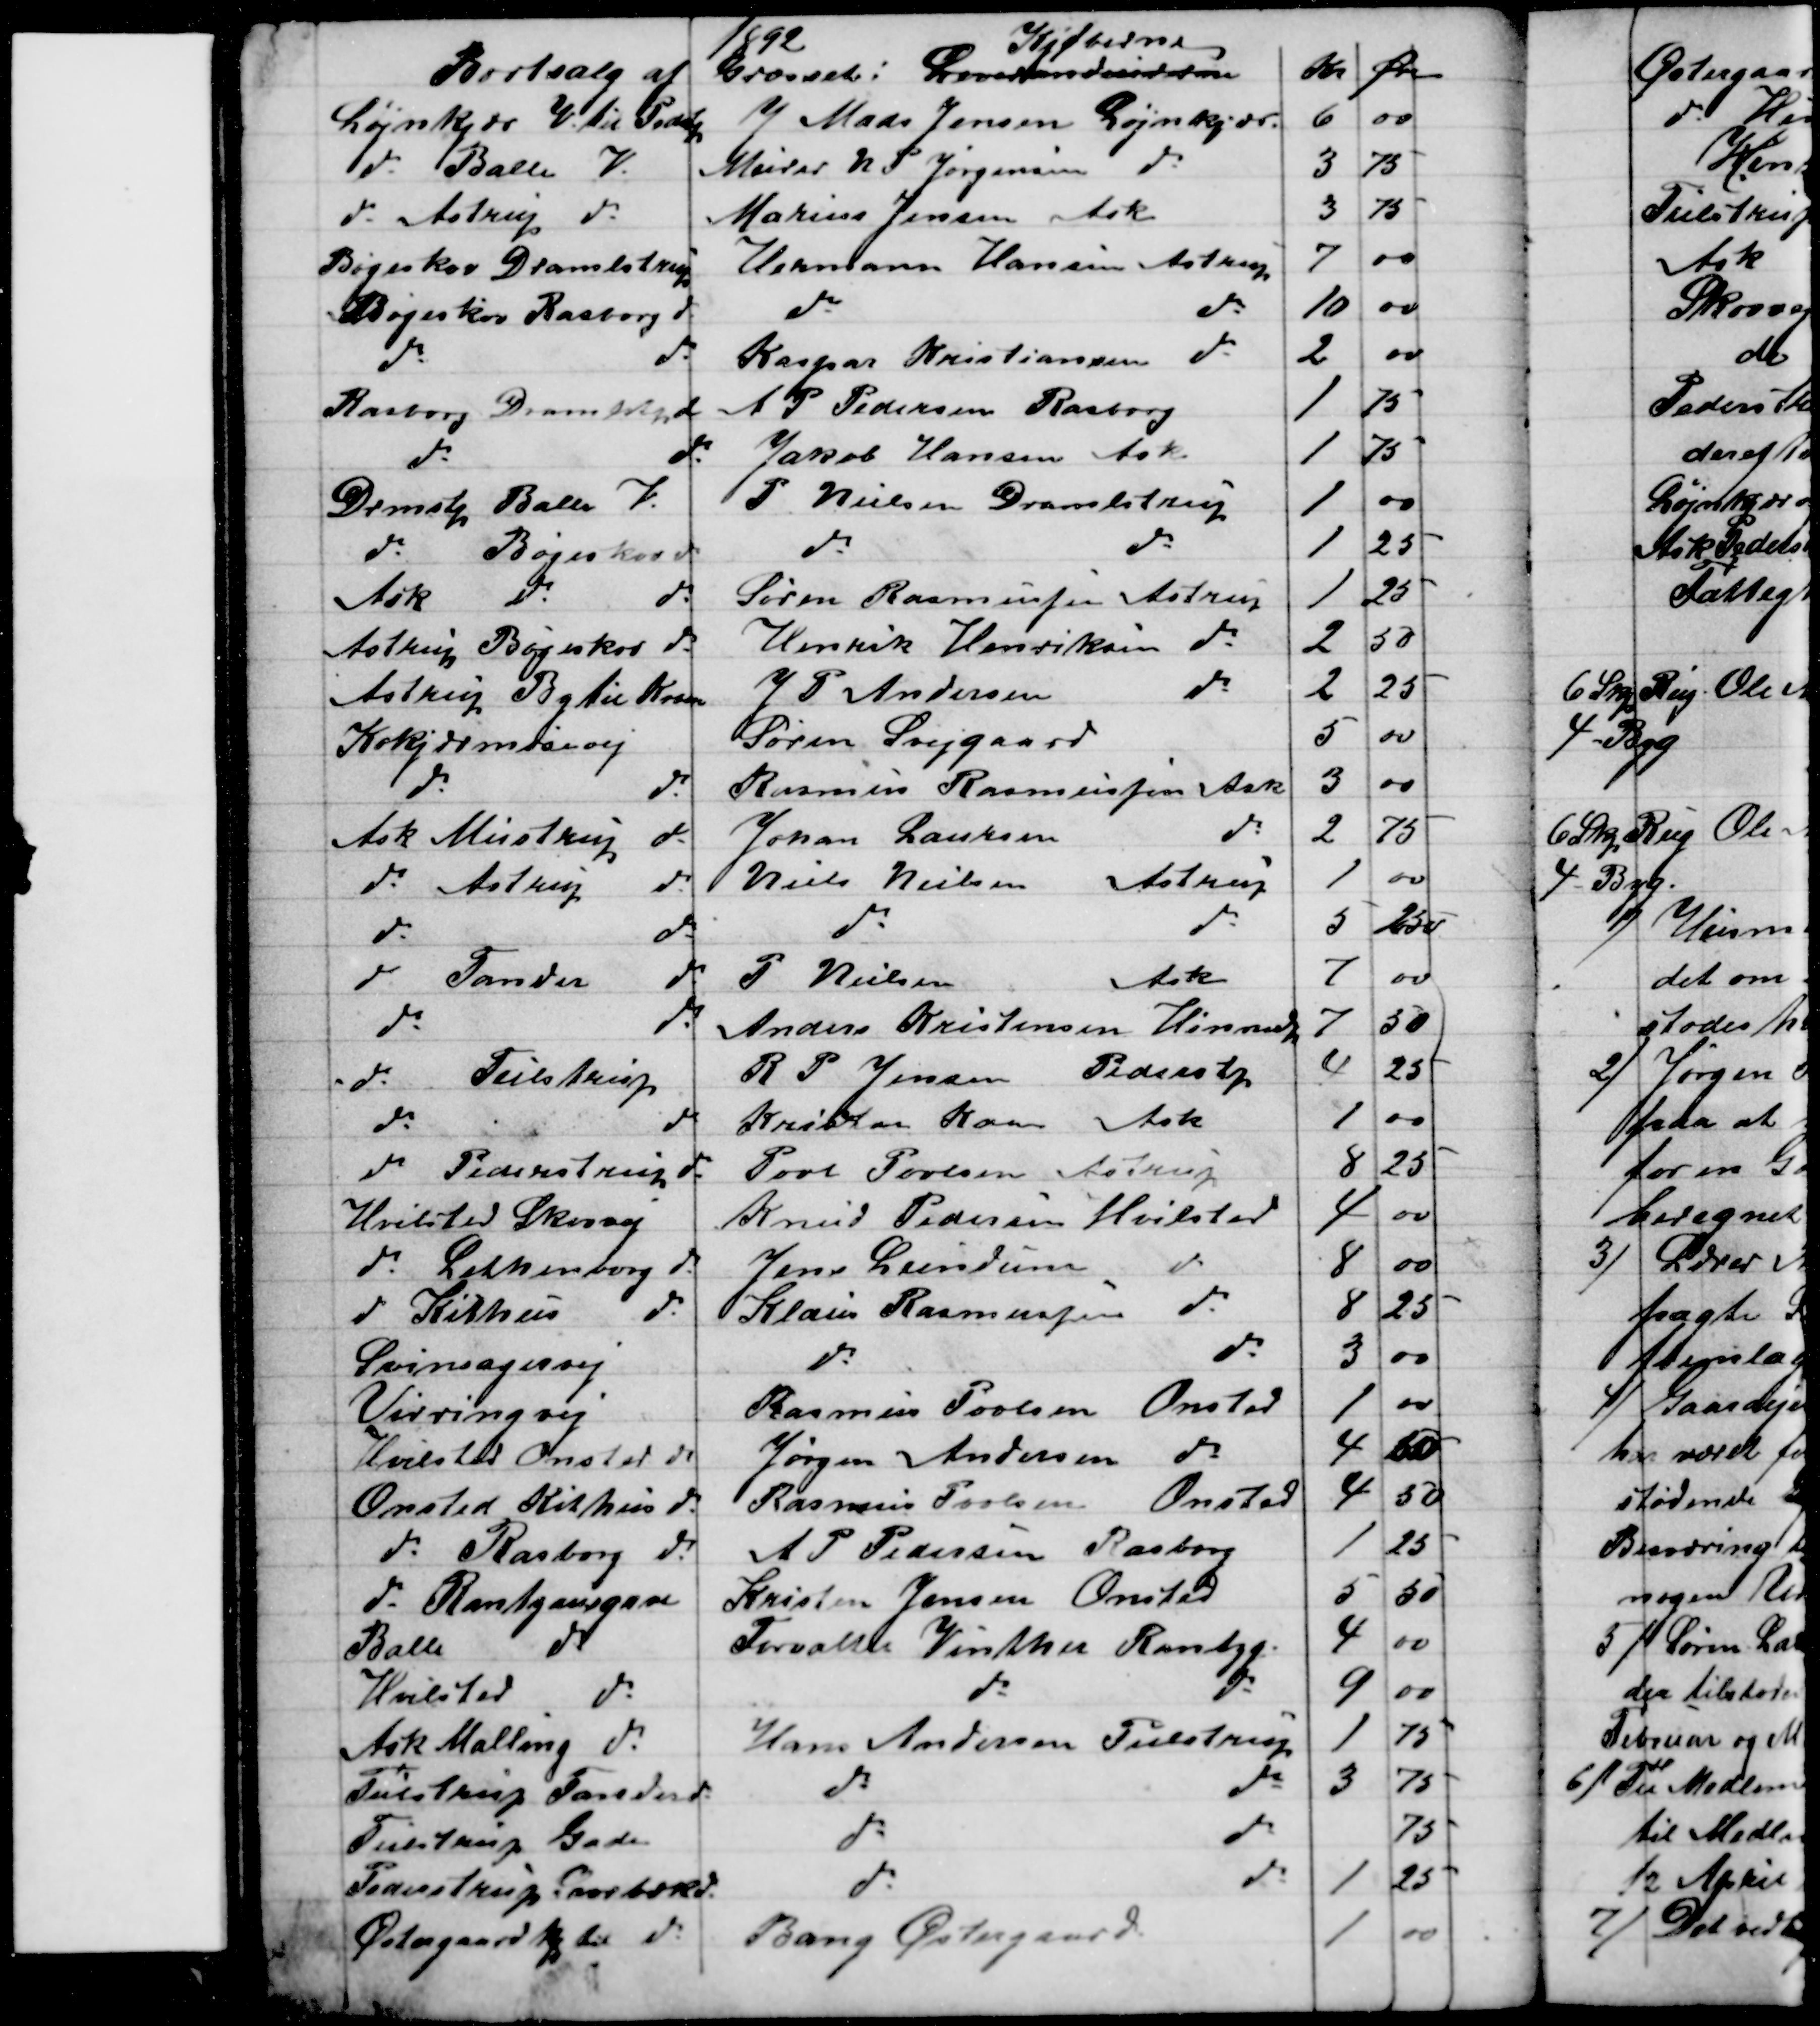
Transskription:
1892
Bortsalg af
Græsset. Leverandeurne
Kjøberne
Kr
Øre
Løjnkjær V. til Pederstrup
J Mads Jensen Løjnkjær.
6
00
do Balle V.
Murer N P Jørgensen do
3
75
do Astrup do
Marius Jensen Ask
3
75
Bøgeskov Dramlstrup
Hermann Hansen Astrup
7
00
Bøgeskov Rasborg do
do
do
10
00
do
do
Kaspar Kristiansen do
2
00
Rasborg Dramlstrup
A P Pedersen Rasborg
1
75
do
do
Jakob Hansen Ask
1
75
Drmstp Balle V.
P Nielsen Dramlstrup
1
00
do
Bøgeskov
do
do
1
25
Ask
do
do
Søren Rasmussen Astrup
1
25
Astrup Bøgeskov do
Henrik Henriksen do
2
50
Astrup By til Kroen
J P Andersen
do
2
25
Kokjærmosevej
Søren Svejgaard
5
00
do
do
Rasmus Rasmussen Ask
3
00
Ask Mustrup do
Johan Laursen
do
2
75
do Astrup
do
Niels Nielsen Astrup
1
00
do
do
do
do
5
25
do Tander
do
P Nielsen
Ask
7
00
do
do
Anders Kristensen Hinnedrup
7
50
do
Tulstrup
R P. Jensen Pederstp
4
25
do
do
Kristen Kaae Ask
1
00
do Pederstrup do
Povl Povlsen Astrup
8
25
Hvilsted Skovvej
Knud Pedersen Hvilsted
4
00
do Lethenborg do
Jens Lundum do
8
00
do Kithus do
Klaus Rasmussen do
8
25
Svinsagervej
do
do
3
00
Virringvej
Rasmus Povlsen Onsted
1
00
Hvilsted Onsted do
Jørgen Andersen do
4
50
Onsted Kithus do
Rasmus Povlsen Onsted
4
50
do Rasborg do
A P Pedersen Rasborg
1
25
do Rantzausgave
Kristen Jensen Onsted
5
50
Balle
do
Forvalter Vinther Rantzg
4
00
Hvilsted do
do
do
9
00
Ask Malling do
Hans Andersen Tulstrup
1
75
Tulstrup Tander do
do
do
3
75
Tulstrup Gade
do
do
75
Pederstrup Svorbæk do
do
do
1
25
Østergaard By til do
Bang Østergaard.
1
00